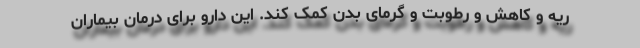
ریه و کاهش و رطوبت و گرمای بدن کمک کند. این دارو برای درمان بیماران